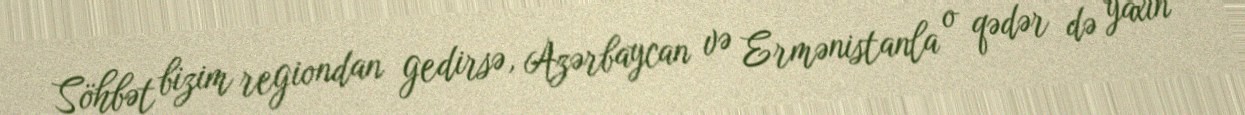
Söhbət bizim regiondan gedirsə, Azərbaycan və Ermənistanla o qədər də yaxın